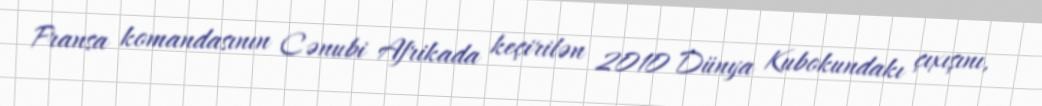
Fransa komandasının Cənubi Afrikada keçirilən 2010 Dünya Kubokundakı çıxışını,